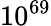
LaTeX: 10^{69}